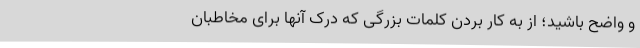
و واضح باشید؛ از به کار بردن کلمات بزرگی که درک آنها برای مخاطبان